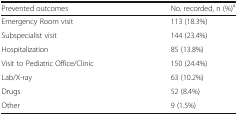
| Prevented outcomes | No. recorded, n (%)a |
 | --- | --- |
 | Emergency Room visit | 113 (18.3%) |
 | Subspecialist visit | 144 (23.4%) |
 | Hospitalization | 85 (13.8%) |
 | Visit to Pediatric Office/Clinic | 150 (24.4%) |
 | Lab/X-ray | 63 (10.2%) |
 | Drugs | 52 (8.4%) |
 | Other | 9 (1.5%) |